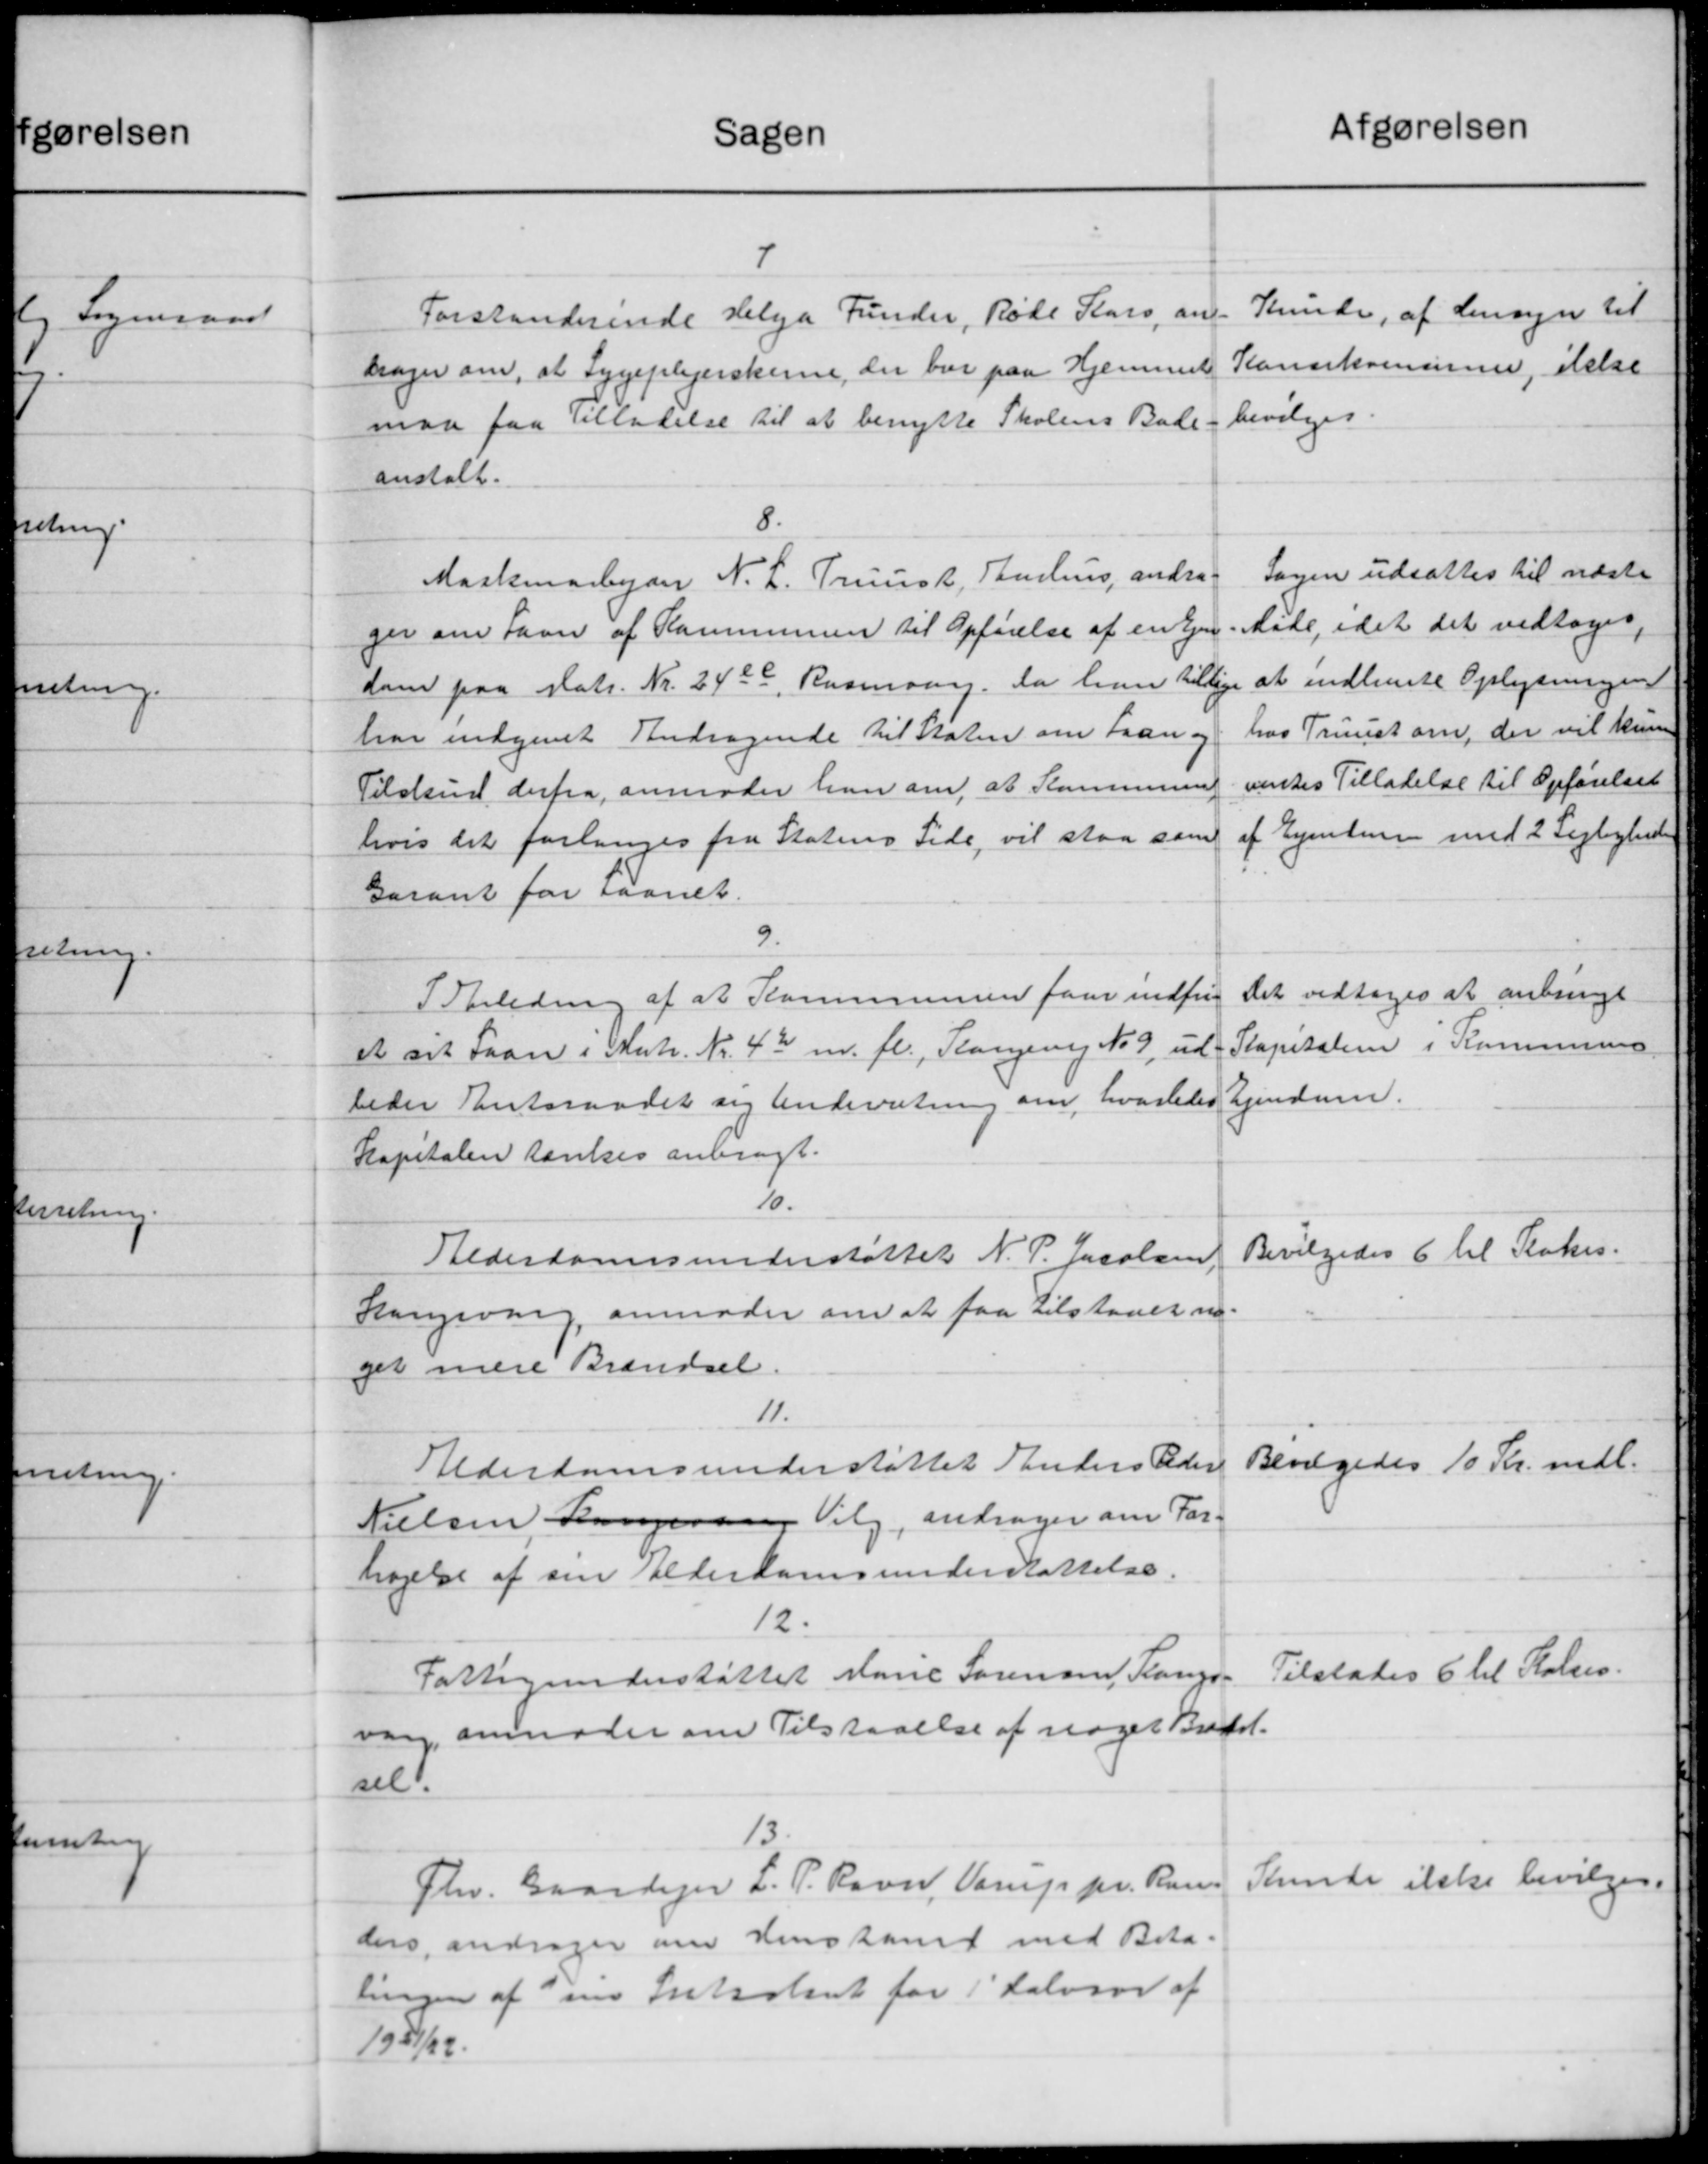
Transskription:
Sagen
7
Forstanderinde Helga Funder, Røde Klars, an-
drager om, at Sygeplejerskere, der bor paa Hjemmet
maa faa Tilladelse til at benytte Skolens Bade.
anstalt.
8.
Maskinarbejder N. L. Truusk, Buhus, andra-
ger om Favn af Kommunen til Opførelse af en Ejen
dom paa Matr. Nr. 2426, Rasmann. Da hun tillige
har indgivet Andragende til Staten om Laan og
Tilskud derfra, anmoder han om at Kommune
hvis det forlanges fra Statens Side, vil staa som
Garant for Laanet
9.
I Anledning af at Kommunen faar indfri
et det Laan i Matr. Nr. 42 m. fl., Plangevej No 9, ud
beder Amtsraadet sig Underetning om, hvorledes
Kapitalen tænkes anbragt.
10.
Alderdomsunderstøttel N. P. Jacobsen,
Langsvang, anmoder om at faa tilstaaet n
get mere Brændsel.
11.
Alderdomsunderstøttet Anders Peder
Nielsen Langeren, Valg, andrager om For-
højelse af sin Alderdomsunderstøttelse.
12.
Fattigunderstøttet Marie Sørensen Slangs-
var, anmoder om Tilstaaelse af noget Braaet.
sel.
13
Fhv. Gaardejer L. P. Ravn, Varup pr. Ran-
ders andrager om Henstamt med Beta-
lingen af sin Introlant for 1' Halvaar af
1931/32.